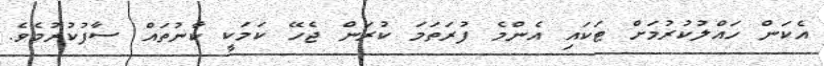
އެކަން ހައްލުކުރުމަށް ޓަކައި އެންމެ ފުރަތަމަ ކުރަން ޖެހޭ ކަމަކީ ކާނުތައް ސާފުކުރުމެވެ.